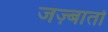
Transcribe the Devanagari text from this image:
जज़्बातों